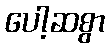
ပေါ့ဆစွာ